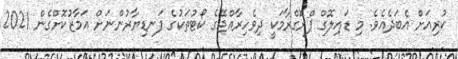
ކުރިއަށް އެބަދެއެވެ. މި ޑައިލޮގް ޕްރޮގްރާމަކީ ދިވެހިރާއްޖޭގެ ކޯޓުތަކުގެ ފަނޑިޔާރުންނަށް އަމާޒުކޮށްގެން 2021